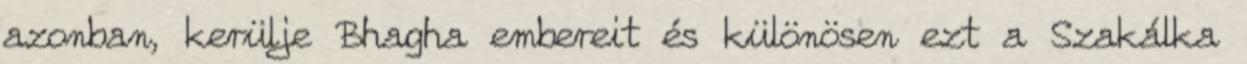
azonban, kerülje Bhagha embereit és különösen ezt a Szakálka